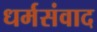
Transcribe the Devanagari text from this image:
धर्मसंवाद